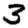
Digit: 3